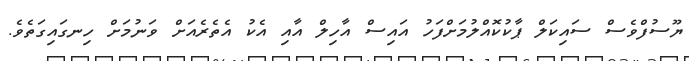
ޔޫސުފްވެސް ސައިކަލް ޕާކުކޮއްލުމަށްފަހު އައިސް އާހިލް އާއި އެކު އެތެރެއަށް ވަނުމަށް ހިނގައިގަތެވެ.